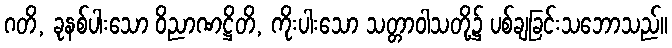
ဂတိ, ခုနစ်ပါးသော ဝိညာဏဋ္ဌိတိ, ကိုးပါးသော သတ္တာဝါသတို့၌ ပစ်ချခြင်းသဘောသည်။